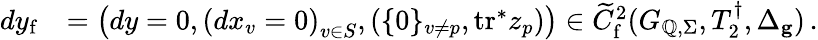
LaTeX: \begin{array}{rl}{dy_{\mathrm{f}}}&{=\left(dy=0,\left(dx_{v}=0\right)_{v\in S},\left(\{ 0\} _{v\neq p},\mathrm{tr}^{*}z_{p}\right)\right)\in\widetilde{C}_{\mathrm{f}}^{2}(G_{\mathbb{Q},\Sigma},T_{2}^{\dagger},\Delta_{\mathbf{g}})\, .}\end{array}